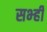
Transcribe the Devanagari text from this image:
सभ्ही